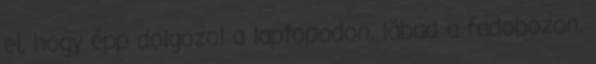
el, hogy épp dolgozol a laptopodon, lábad a fadobozon,